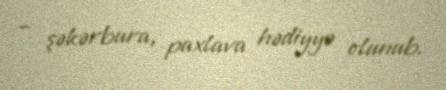
– şəkərbura, paxlava hədiyyə olunub.